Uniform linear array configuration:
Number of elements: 16
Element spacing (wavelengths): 0.5
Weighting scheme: hann
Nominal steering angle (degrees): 45
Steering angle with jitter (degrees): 44.721
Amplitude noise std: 0.05
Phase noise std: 0.05

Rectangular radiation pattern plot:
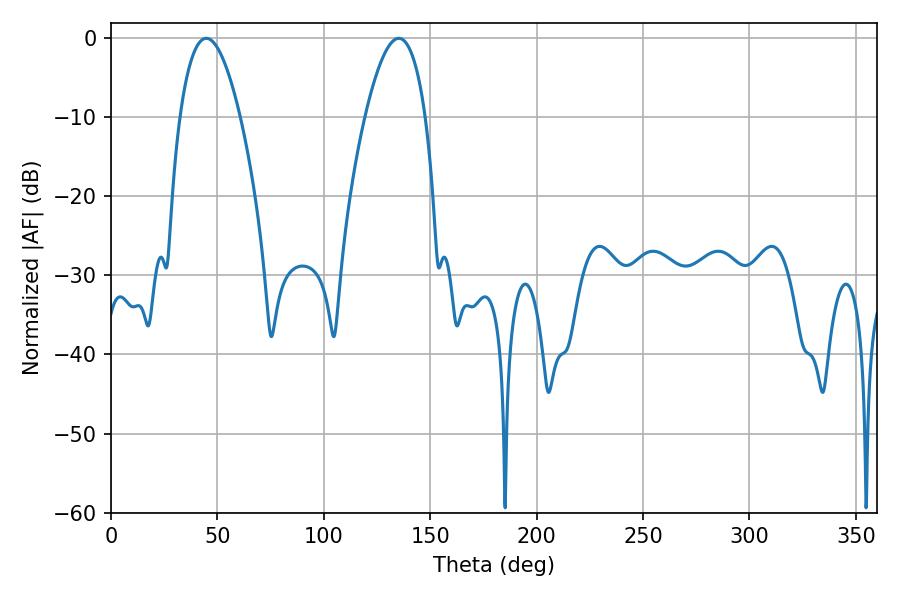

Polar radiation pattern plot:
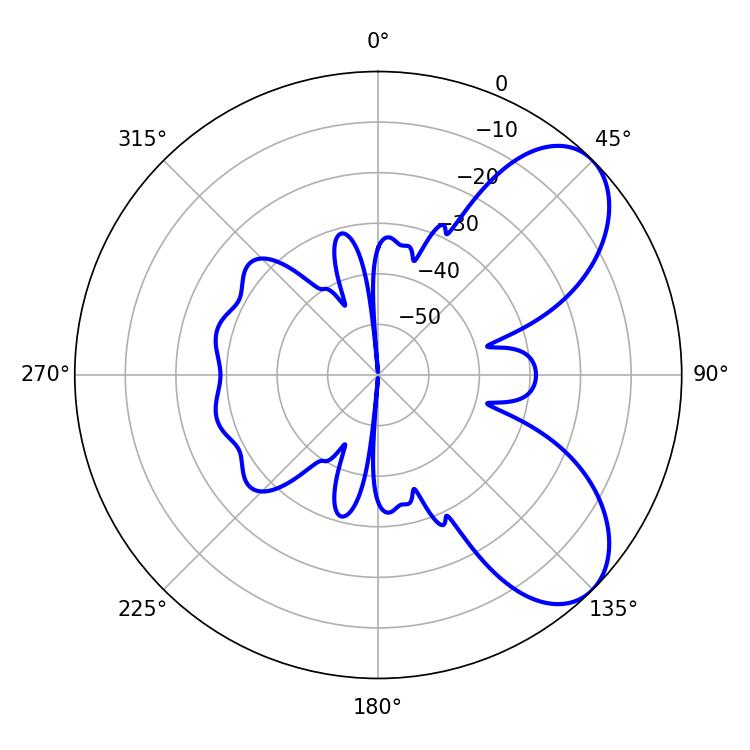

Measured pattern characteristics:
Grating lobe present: FALSE
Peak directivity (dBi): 6.848
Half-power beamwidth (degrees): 15.66
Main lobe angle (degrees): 44.82